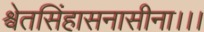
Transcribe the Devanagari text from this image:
श्वेतसिंहासनासीना।।।